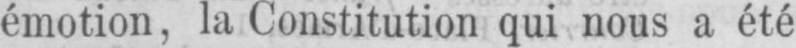
émotion, la Constitution qui nous a été